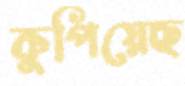
কুপিয়েছ